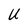
Character: U